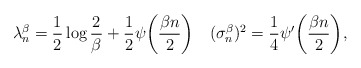
\begin{align*}\lambda_n^\beta=\frac12\log\frac2\beta+\frac12\psi\bigg(\frac{\beta n}2\bigg)\quad(\sigma_n^\beta)^2=\frac14\psi'\bigg(\frac{\beta n}2\bigg),\end{align*}